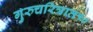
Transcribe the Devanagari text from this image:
गुरुचरित्रात१०